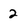
Character: 2